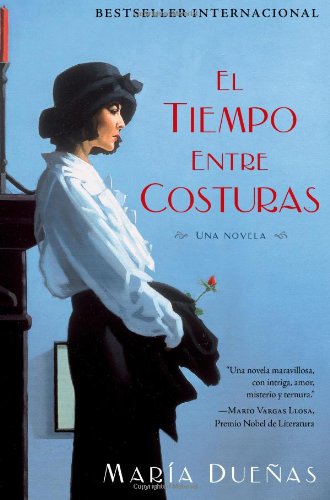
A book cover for El tiempo entre costuras: Una novela (Atria Espanol) (Spanish Edition); MarÃ­a DueÃ±as; Literature & Fiction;